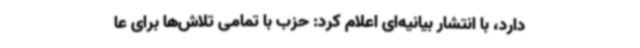
دارد، با انتشار بیانیه‌ای اعلام کرد: حزب با تمامی تلاش‌ها برای عا